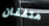
متفقان